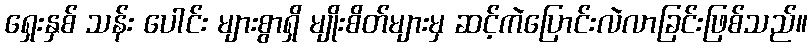
ရှေးနှစ် သန်း ပေါင်း များစွာရှိ မျိုးစိတ်များမှ ဆင့်ကဲပြောင်းလဲလာခြင်းဖြစ်သည်။